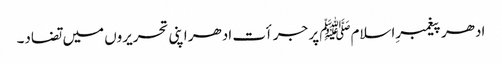
ادھر پیغمبرِاسلامﷺ پر جرأت ادھر اپنی تحریروں میں تضاد۔